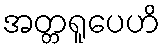
အတ္တရူပေဟိ